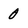
Character: 0